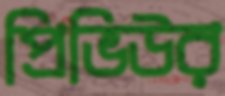
প্রিভিউর